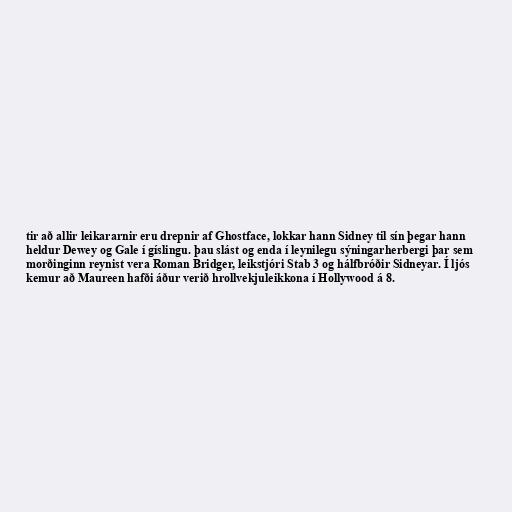
tir að allir leikararnir eru drepnir af Ghostface, lokkar hann Sidney til sín þegar hann
heldur Dewey og Gale í gíslingu. þau slást og enda í leynilegu sýningarherbergi þar sem
morðinginn reynist vera Roman Bridger, leikstjóri Stab 3 og hálfbróðir Sidneyar. Í ljós
kemur að Maureen hafði áður verið hrollvekjuleikkona í Hollywood á 8.